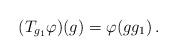
LaTeX: \begin{align*}(T_{g_1}\varphi)(g)=\varphi(gg_1)\,.\end{align*}